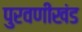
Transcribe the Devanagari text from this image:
पुरवणीखंड